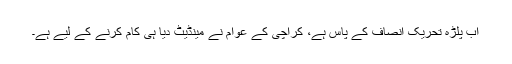
اب پلڑہ تحریک انصاف کے پاس ہے، کراچی کے عوام نے مینڈیٹ دیا ہی کام کرنے کے لیے ہے۔